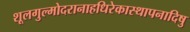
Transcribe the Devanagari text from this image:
शूलगुल्मोदरानाहधिरेकास्थापनादिषु